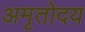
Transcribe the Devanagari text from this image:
अमृतोदय